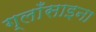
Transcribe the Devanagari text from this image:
ग्लाँसाइना